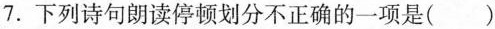
7.下列诗句朗读停顿划分不正确的一项是()